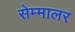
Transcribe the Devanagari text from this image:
सेम्मालर